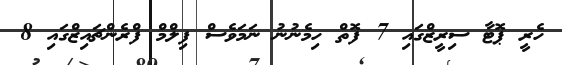
ހެރީ ޕޮޓާ ސިރީޒްގައި 7 ފޮތް ހިމެނުނު ނަމަވެސް ފިލްމް ފްރެންޗައިޒްގައި 8